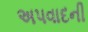
અપવાદની